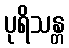
ပုရိသန္တ